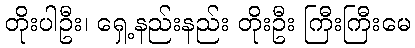
တိုးပါဦး၊ ရှေ့နည်းနည်း တိုးဦး ကြီးကြီးမေ